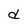
Character: d